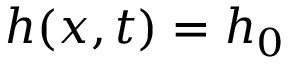
h ( x , t ) = h _ { 0 }